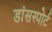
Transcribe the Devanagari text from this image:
डांसस्पोर्ट